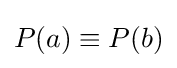
P(a)\equiv P(b)